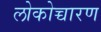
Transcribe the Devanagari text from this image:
लोकोच्चारण